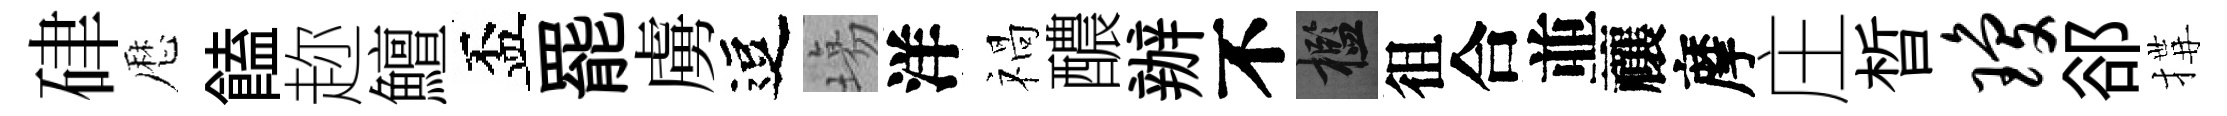
硉厯饁趂鱣盃罷虜逗塲洋禍醲辦不檻徂合並禳摩庄晳琼郤搆